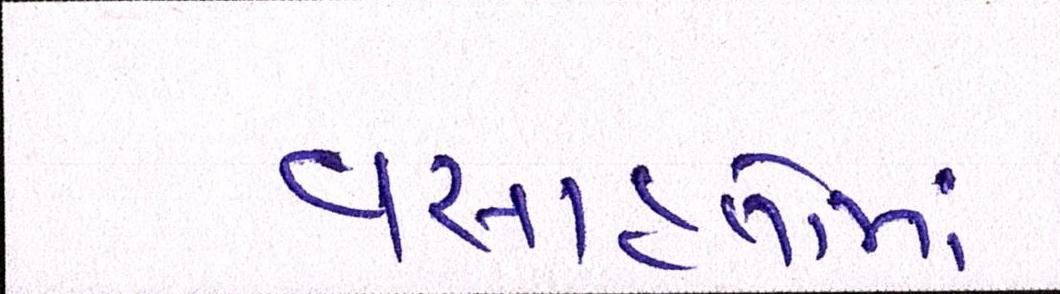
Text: વસાહતોમાં